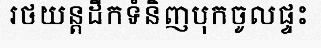
រថយន្តដឹកទំនិញបុកចូលផ្ទះ